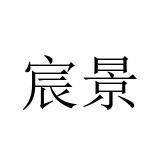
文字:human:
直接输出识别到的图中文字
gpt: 宸景